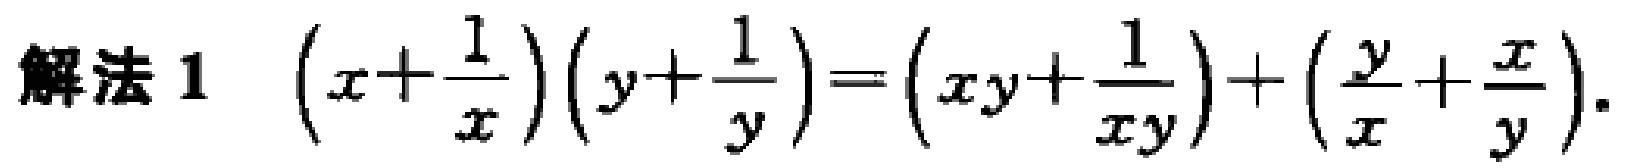
解法 1 \(\left(x+\frac{1}{x}\right)\left(y+\frac{1}{y}\right)=\left(xy+\frac{1}{xy}\right)+\left(\frac{y}{x}+\frac{x}{y}\right)\).